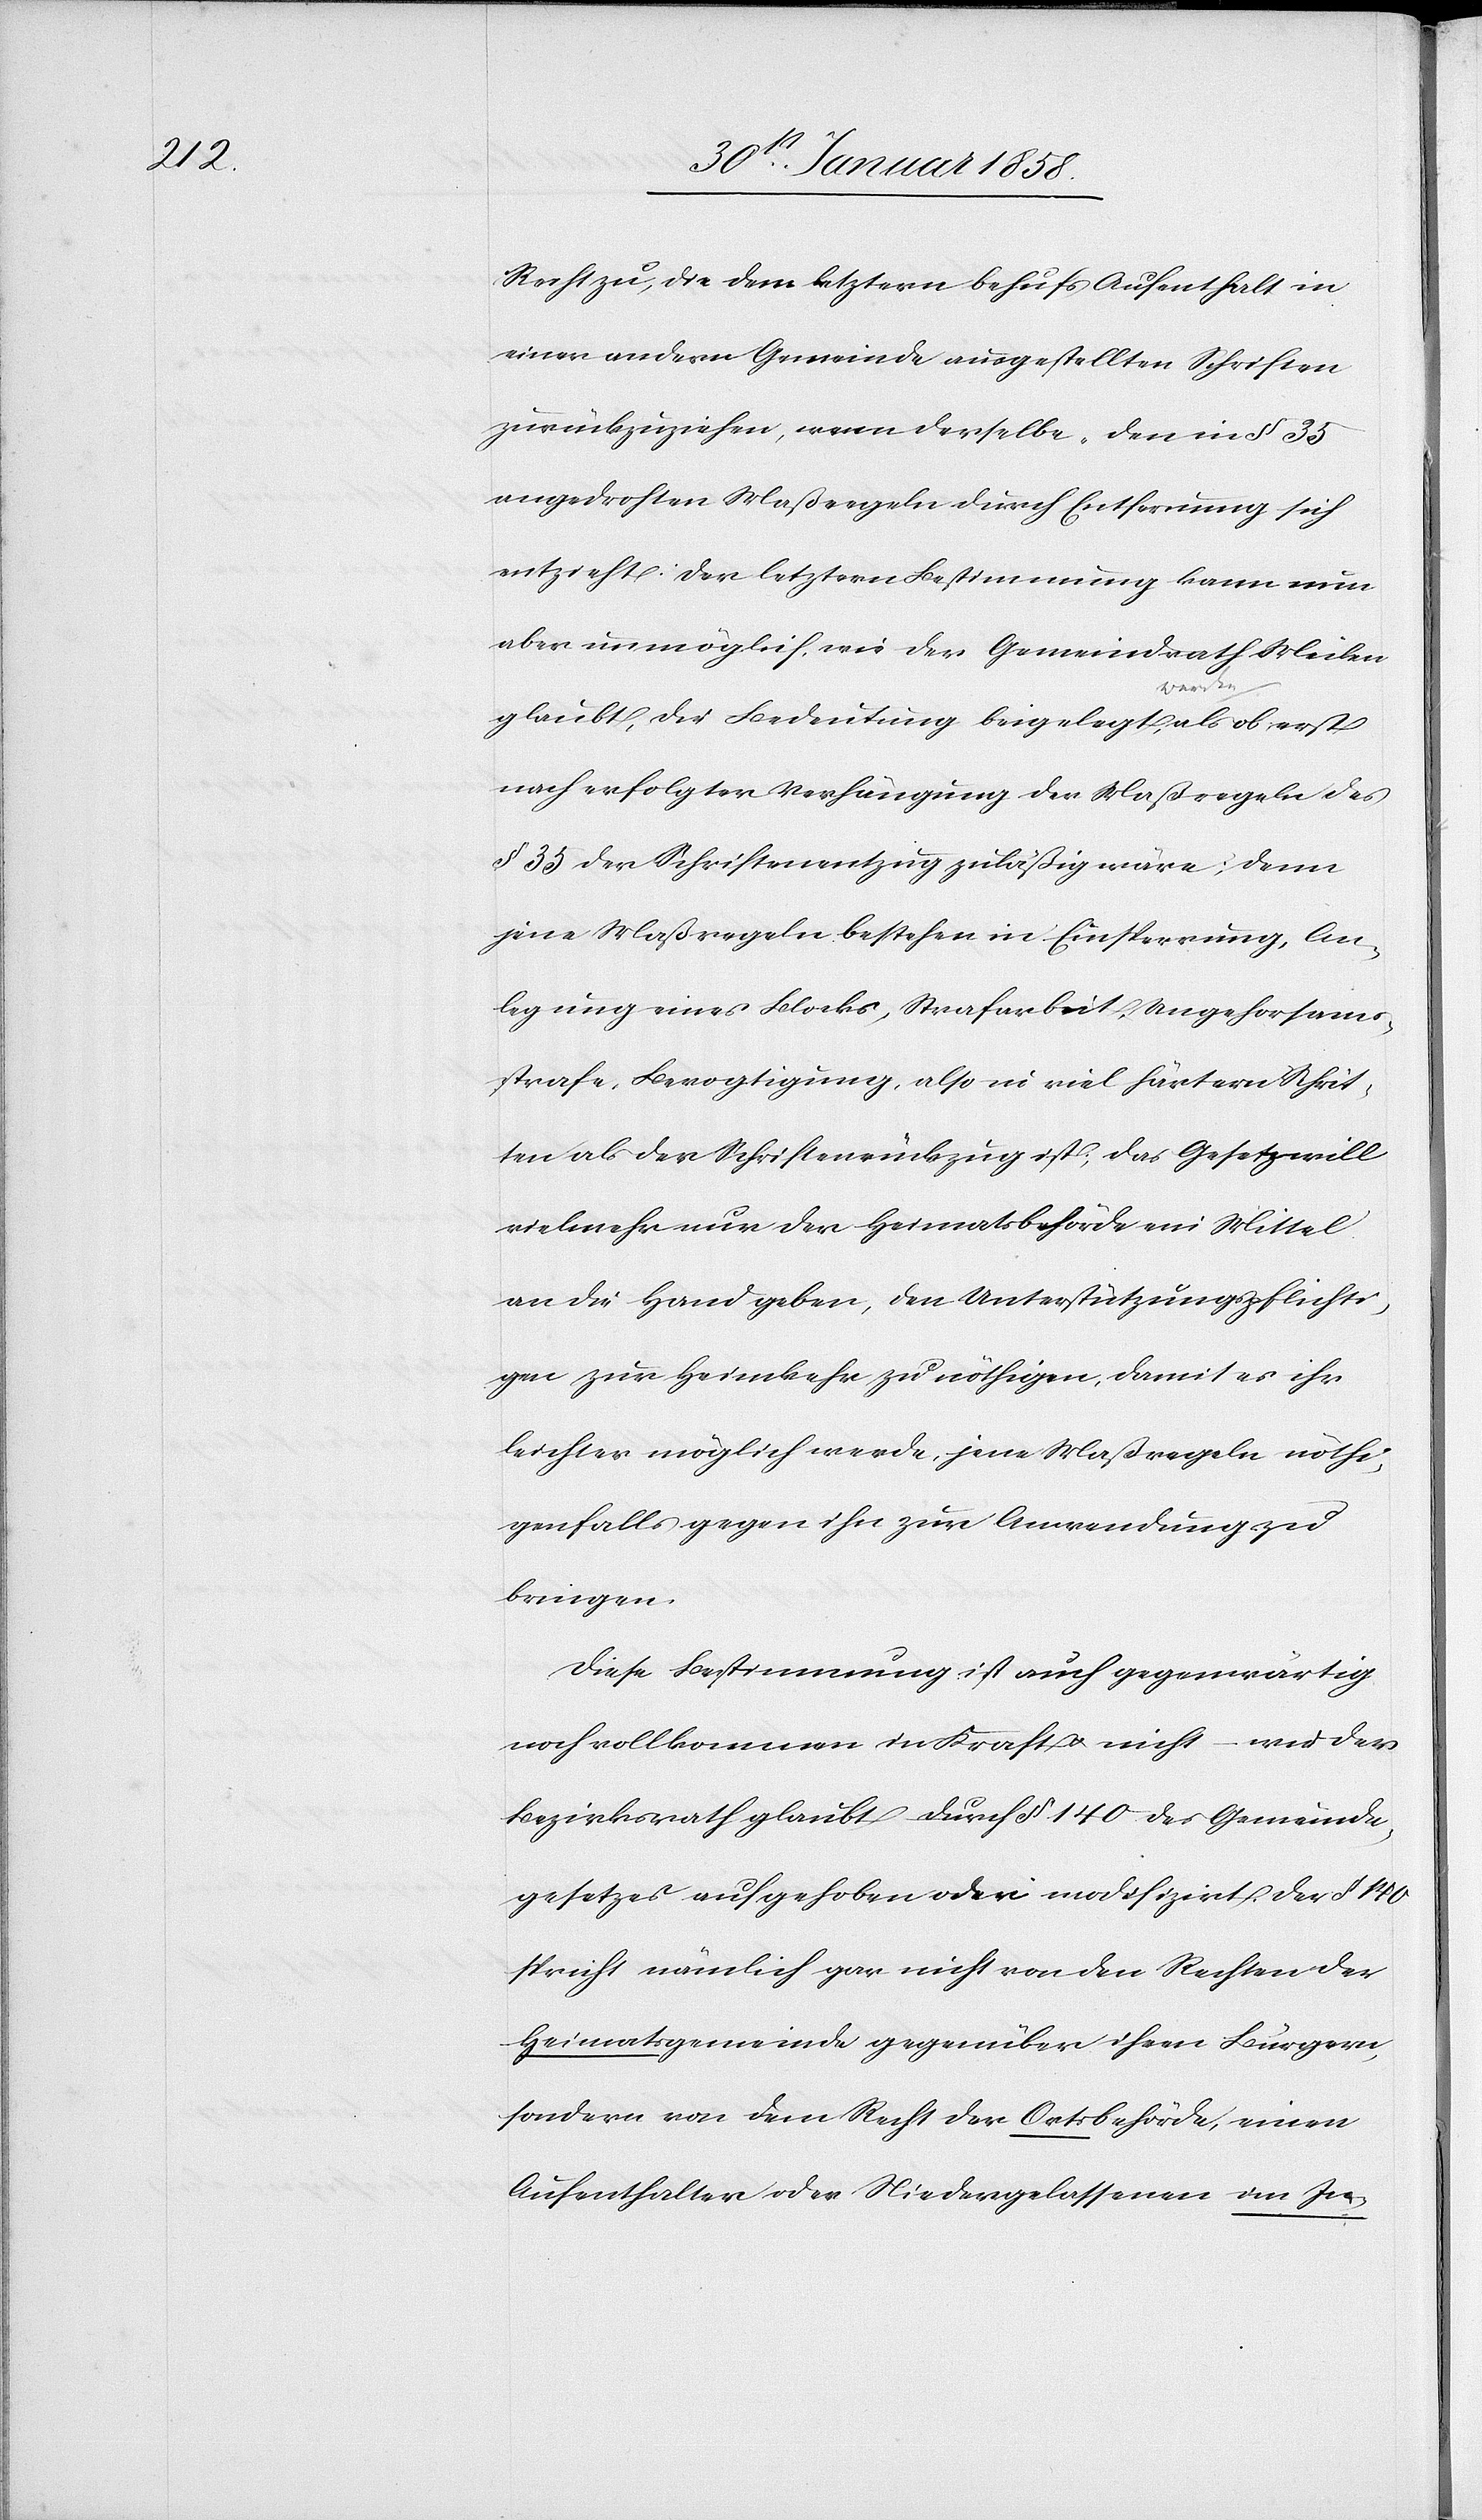
Recht zu, die dem letztern behufs Aufenthalt in
einer andern Gemeinde ausgestellten Schriften
zurückzuziehen, wenn derselbe, den in § 35
angedrohten Maßregeln durch Entfernung sich
entzieht. Der letztern Bestimmung kann nun
aber unmöglich, wie der Gemeindrath Meilen
glaubt, die Bedeutung beigelegt [werden] als ob erst
nach erfolgter Verhängung der Maßregeln des
§ 35 der Schriftenentzug zuläßig wäre; denn
jene Maßregeln bestehen in Einsperrung, An¬
legung eines Blocks, Strafarbeit, Ungehorsams¬
strafe, Bevogtigung, also in viel härtern Schrit¬
ten als der Schriftenrückzug ist; das Gesetz will
vielmehr nur der Heimatsbehörde ein Mittel
an die Hand geben, den Unterstützungspflichti¬
gen zur Heimkehr zu nöthigen, damit es ihr
leichter möglich werde, jene Maßregeln nöthi¬
genfalls gegen ihn zur Anwendung zu
bringen.
Diese Bestimmung ist auch gegenwärtig
noch vollkommen in Kraft u. nicht – wie der
Bezirksrath glaubt – durch § 140 des Gemeinde¬
gesetzes aufgehoben oder modifizirt. Der § 140
spricht nämlich gar nicht von den Rechten der
Heimatsgemeinde gegenüber ihren Bürgern,
sondern von dem Recht der Ortsbehörde, einen
Aufenthalter oder Niedergelassenen im In-